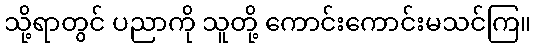
သို့ရာတွင် ပညာကို သူတို့ ကောင်းကောင်းမသင်ကြ။